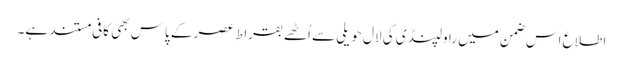
اطلاع اس ضمن میں راولپنڈی کی لال حویلی سے اُٹھے بقراطِ عصر کے پاس بھی کافی مستند ہے۔